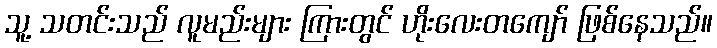
သူ့ သတင်းသည် လူမည်းများ ကြားတွင် ဟိုးလေးတကျော် ဖြစ်နေသည်။